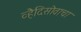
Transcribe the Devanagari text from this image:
व्हैदिसोवाचा